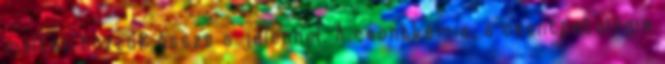
múltat hozzuk össze a jelennel. A csontkémia, a csontpatológia